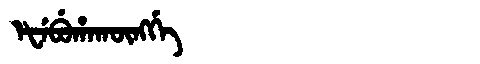
Manchu: ᡝᡶᡝᠪᡠᡥᠠᡴᡡᠩᡤᡝ
Romanization: EFEBUHAKŪNGGE